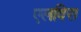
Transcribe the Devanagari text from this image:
एलविरा